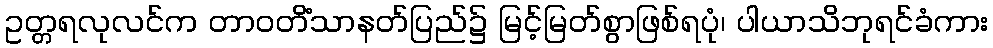
ဥတ္တရလုလင်က တာဝတိံသာနတ်ပြည်၌ မြင့်မြတ်စွာဖြစ်ရပုံ၊ ပါယာသိဘုရင်ခံကား